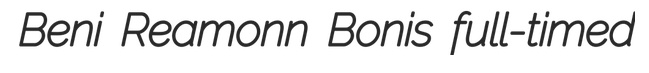
Beni Reamonn Bonis full-timed